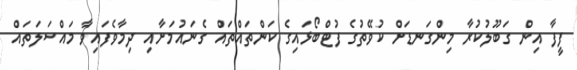
ފީފާ އިން ގަބޫލުކުރާ މިންގަނޑަށް ކުވޭތުގެ ފުޓްބޯޅައިގެ ކަންތައްތައް ގެނައުމަށާއި ދިމާވެފައިވާ މައްސަލަތައް